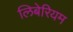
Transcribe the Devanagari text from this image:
लिबेरियम